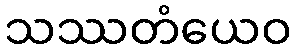
သဿတံယေဝ